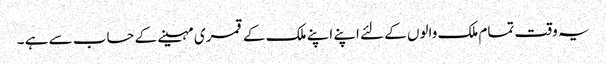
یہ وقت تمام ملک والوں کے لئے اپنے اپنے ملک کے قمری مہینے کے حساب سے ہے ۔